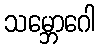
သမ္ဘောဂေါ